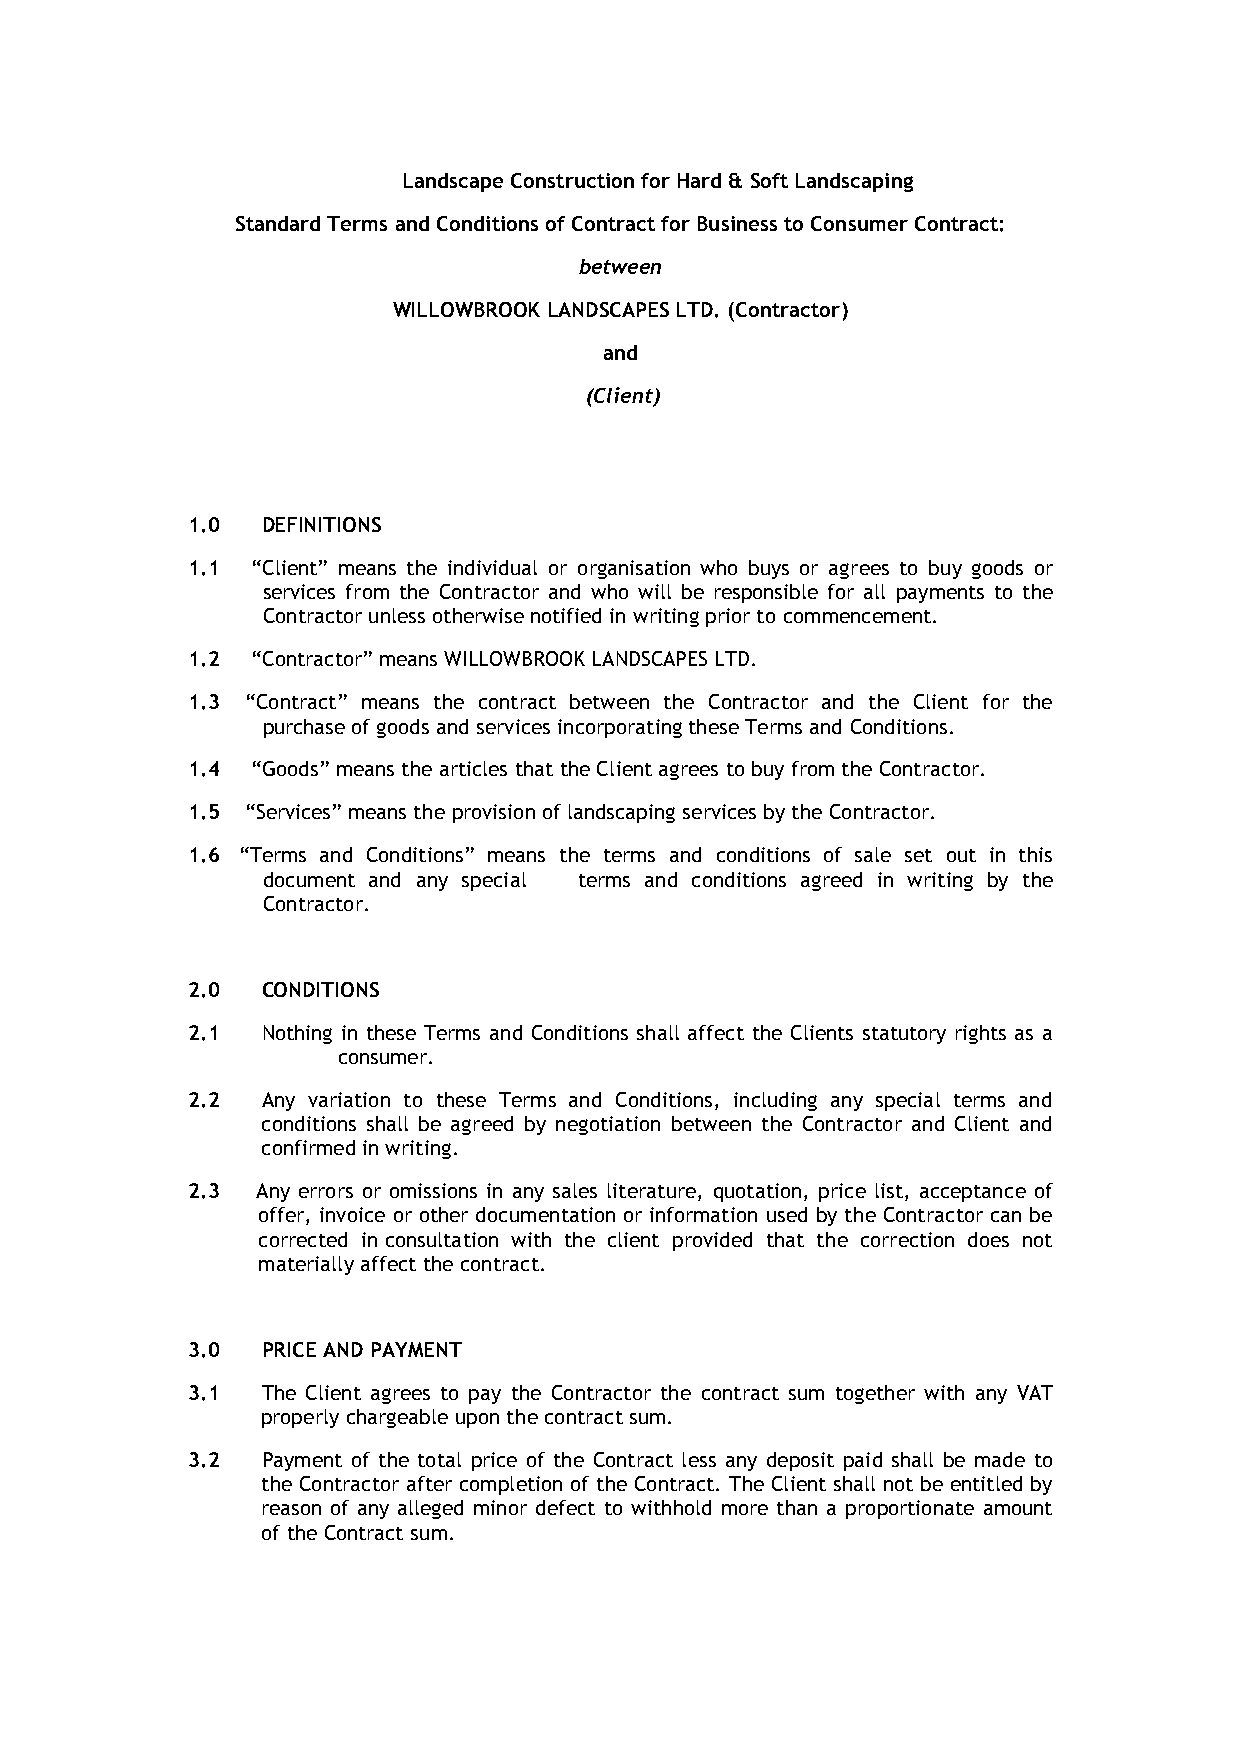
Landscape Construction for Hard & Soft Landscaping
 Standard Terms and Conditions of Contract for Business to Consumer Contract:
 between
 WILLOWBROOK LANDSCAPES LTD. (Contractor)
 and
 (Client)
 1.0  DEFINITIONS
 1.1  “Client” means the individual or organisation who buys or agrees to buy goods or
 services from the Contractor and who will be responsible for all payments to the
 Contractor unless otherwise notified in writing prior to commencement.
 1.2  “Contractor” means WILLOWBROOK LANDSCAPES LTD.
 1.3 “Contract” means the contract between the Contractor and the Client for the
 purchase of goods and services incorporating these Terms and Conditions.
 1.4  “Goods” means the articles that the Client agrees to buy from the Contractor.
 1.5 “Services” means the provision of landscaping services by the Contractor.
 1.6 “Terms and Conditions” means the terms and conditions of sale set out in this
 document and any special terms and conditions agreed in writing by the
 Contractor.
 2.0  CONDITIONS
 2.1  Nothing in these Terms and Conditions shall affect the Clients statutory rights as a
 consumer.
 2.2  Any variation to these Terms and Conditions, including any special terms and
 conditions shall be agreed by negotiation between the Contractor and Client and
 confirmed in writing.
 2.3  Any errors or omissions in any sales literature, quotation, price list, acceptance of
 offer, invoice or other documentation or information used by the Contractor can be
 corrected in consultation with the client provided that the correction does not
 materially affect the contract.
 3.0  PRICE AND PAYMENT
 3.1  The Client agrees to pay the Contractor the contract sum together with any VAT
 properly chargeable upon the contract sum.
 3.2  Payment of the total price of the Contract less any deposit paid shall be made to
 the Contractor after completion of the Contract. The Client shall not be entitled by
 reason of any alleged minor defect to withhold more than a proportionate amount
 of the Contract sum.